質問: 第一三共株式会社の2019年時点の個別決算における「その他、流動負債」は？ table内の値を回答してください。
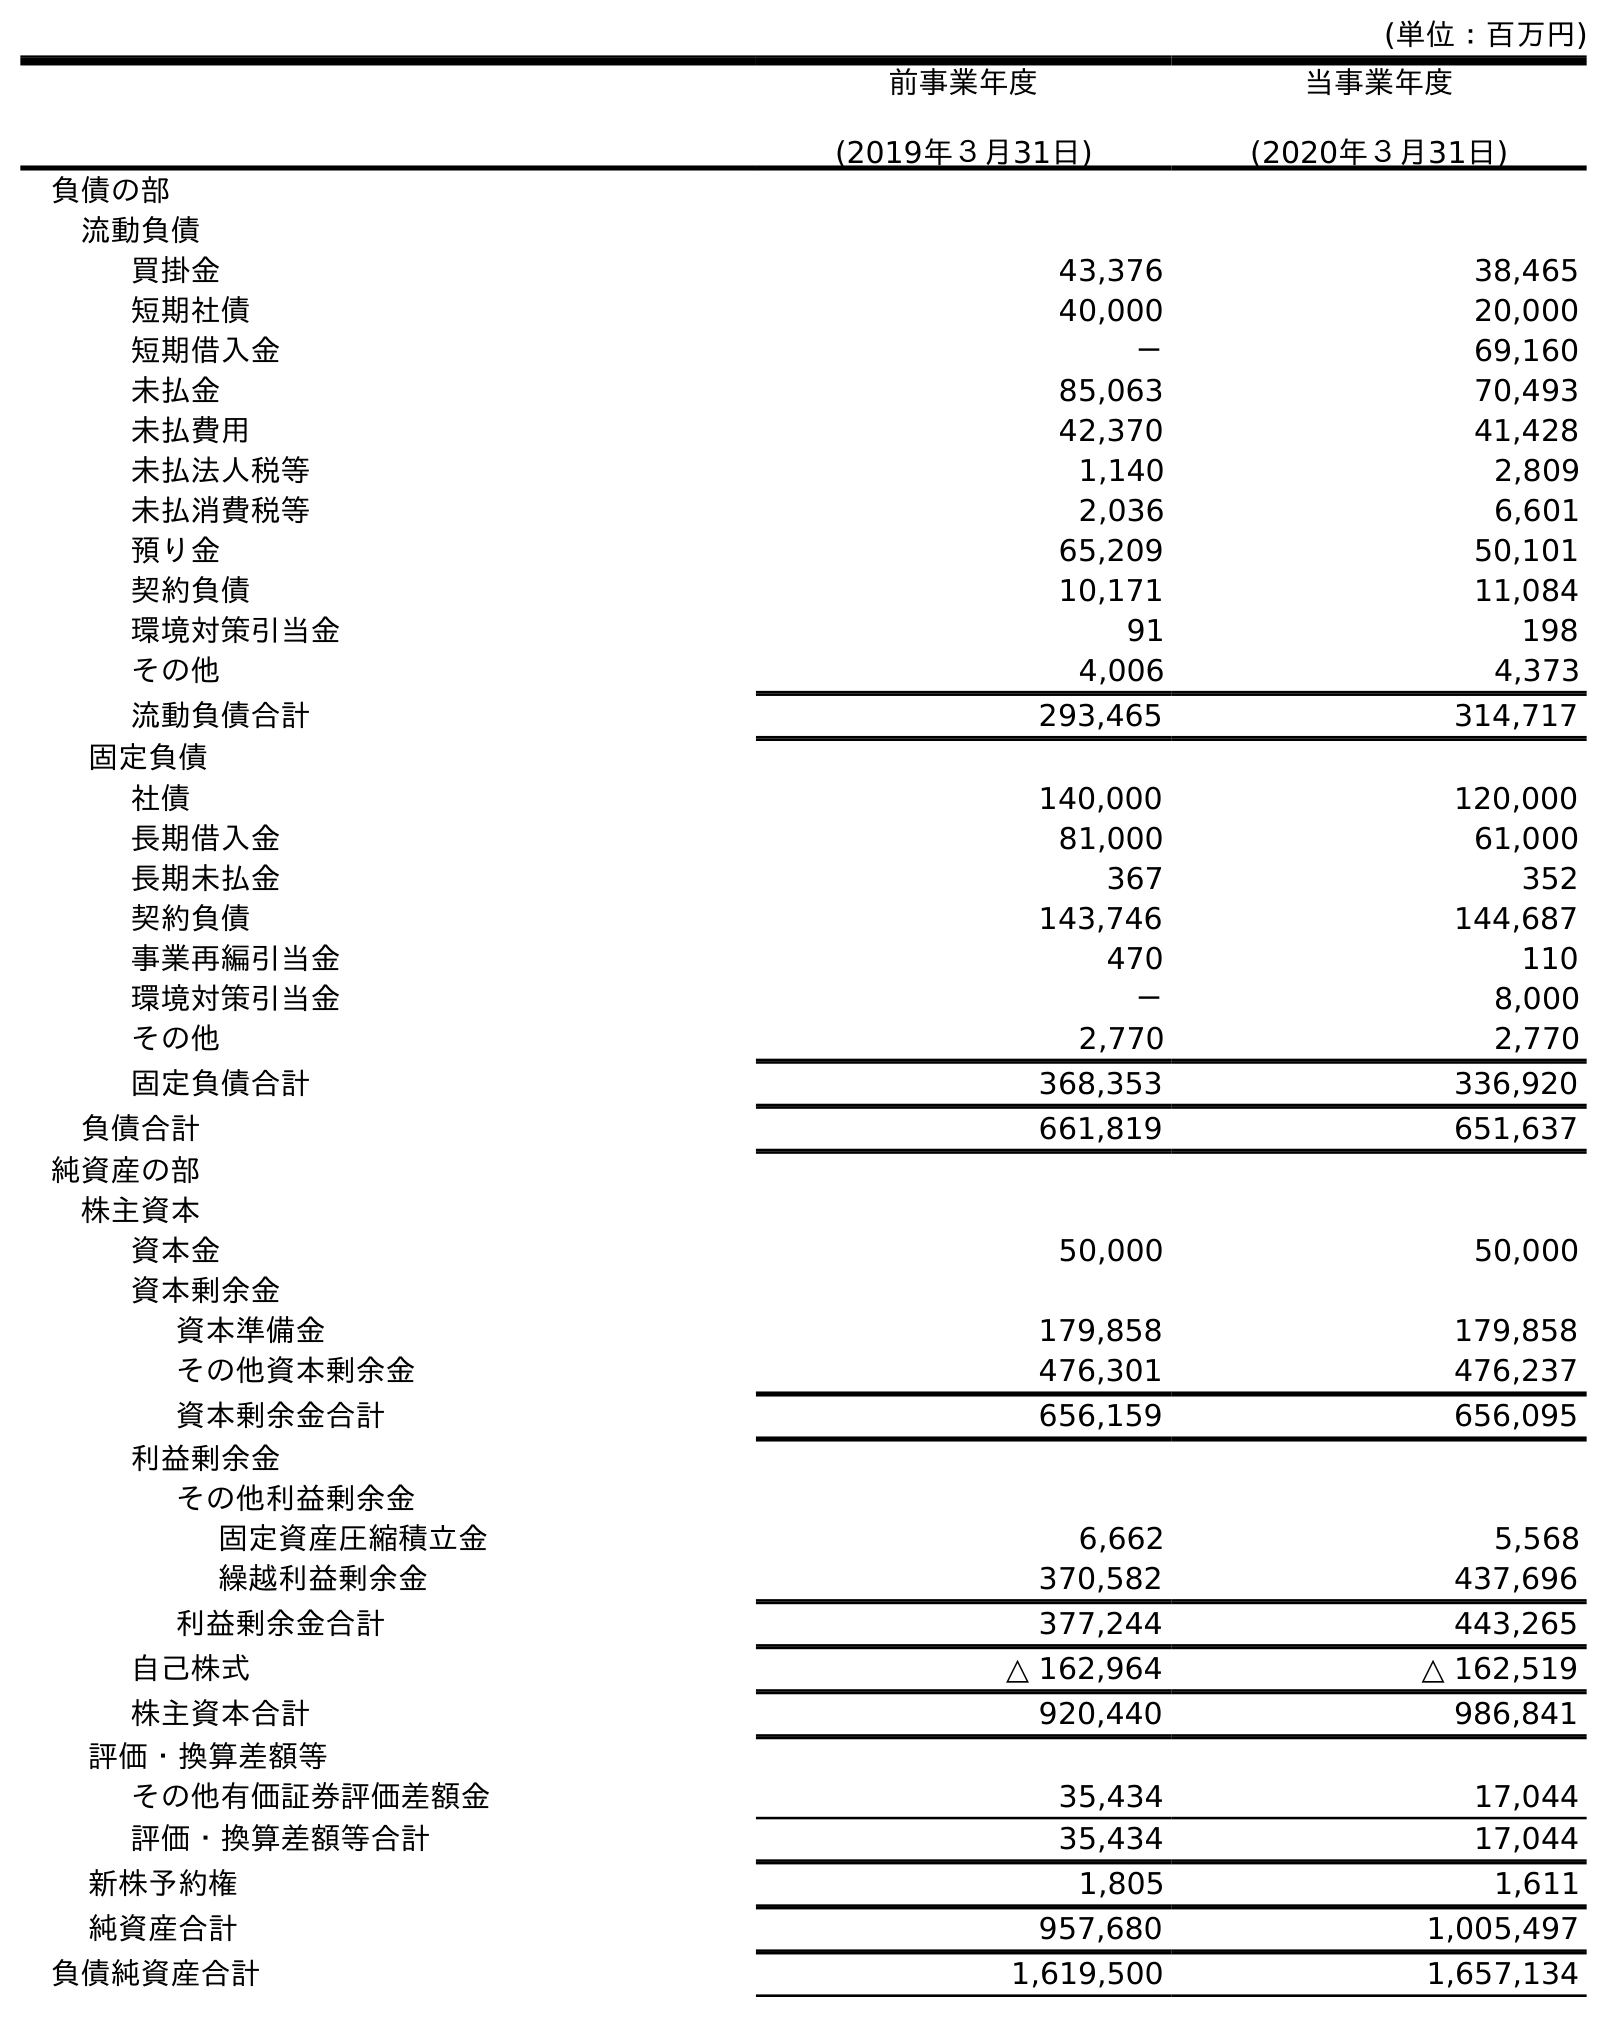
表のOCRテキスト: (単位：百万円) 前事業年度 (2019年３月31日) 当事業年度 (2020年３月31日) 負債の部 流動負債 買掛金 43,376 38,465 短期社債 40,000 20,000 短期借入金 － 69,160 未払金 85,063 70,493 未払費用 42,370 41,428 未払法人税等 1,140 2,809 未払消費税等 2,036 6,601 預り金 65,209 50,101 契約負債 10,171 11,084 環境対策引当金 91 198 その他 4,006 4,373 流動負債合計 293,465 314,717 固定負債 社債 140,000 120,000 長期借入金 81,000 61,000 長期未払金 367 352 契約負債 143,746 144,687 事業再編引当金 470 110 環境対策引当金 － 8,000 その他 2,770 2,770 固定負債合計 368,353 336,920 負債合計 661,819 651,637 純資産の部 株主資本 資本金 50,000 50,000 資本剰余金 資本準備金 179,858 179,858 その他資本剰余金 476,301 476,237 資本剰余金合計 656,159 656,095 利益剰余金 その他利益剰余金 固定資産圧縮積立金 6,662 5,568 繰越利益剰余金 370,582 437,696 利益剰余金合計 377,244 443,265 自己株式 △ 162,964 △ 162,519 株主資本合計 920,440 986,841 評価・換算差額等 その他有価証券評価差額金 35,434 17,044 評価・換算差額等合計 35,434 17,044 新株予約権 1,805 1,611 純資産合計 957,680 1,005,497 負債純資産合計 1,619,500 1,657,134
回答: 4,006